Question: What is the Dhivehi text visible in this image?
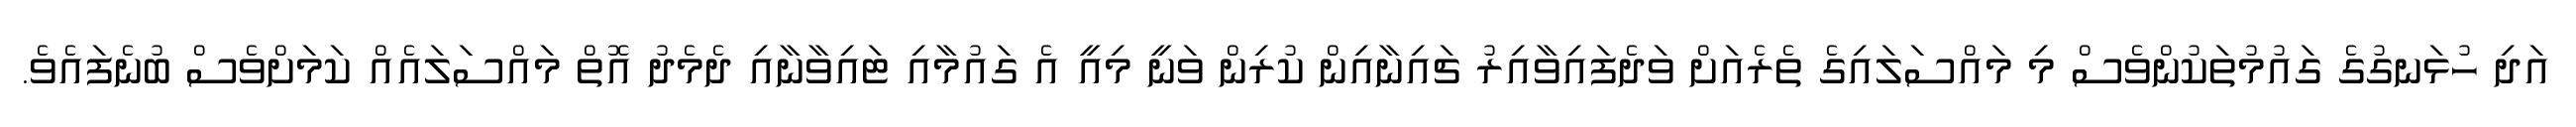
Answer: އަދި ހުޅަނގުގެ ގައުމުތަކުންވެސް މި މައްސަލައިގެ ތެރެއަށް ވަދެފައިވާއިރު ޗައިނާއިން ކުރިން ވަނީ މިއީ އެ ގައުމާއި ޓައިވާނާއި ދެމެދު އޮތް މައްސަލައެއް ކަމަށްވެސް ބުނެފައެވެ.